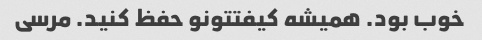
خوب بود. همیشه کیفتتونو حفظ کنید. مرسی